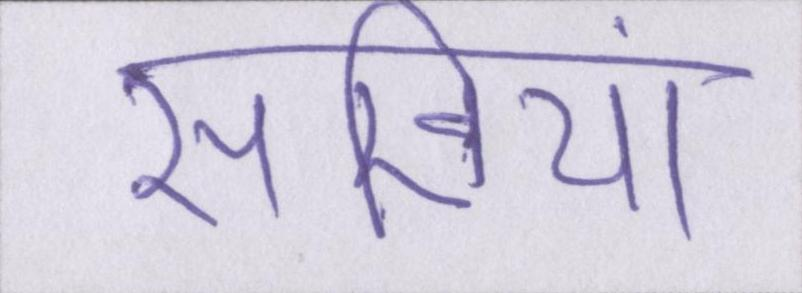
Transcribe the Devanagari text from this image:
सखियां